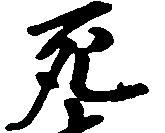
死